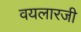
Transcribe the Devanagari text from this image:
वयलारजी